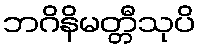
ဘဂိနိမတ္တီသုပိ